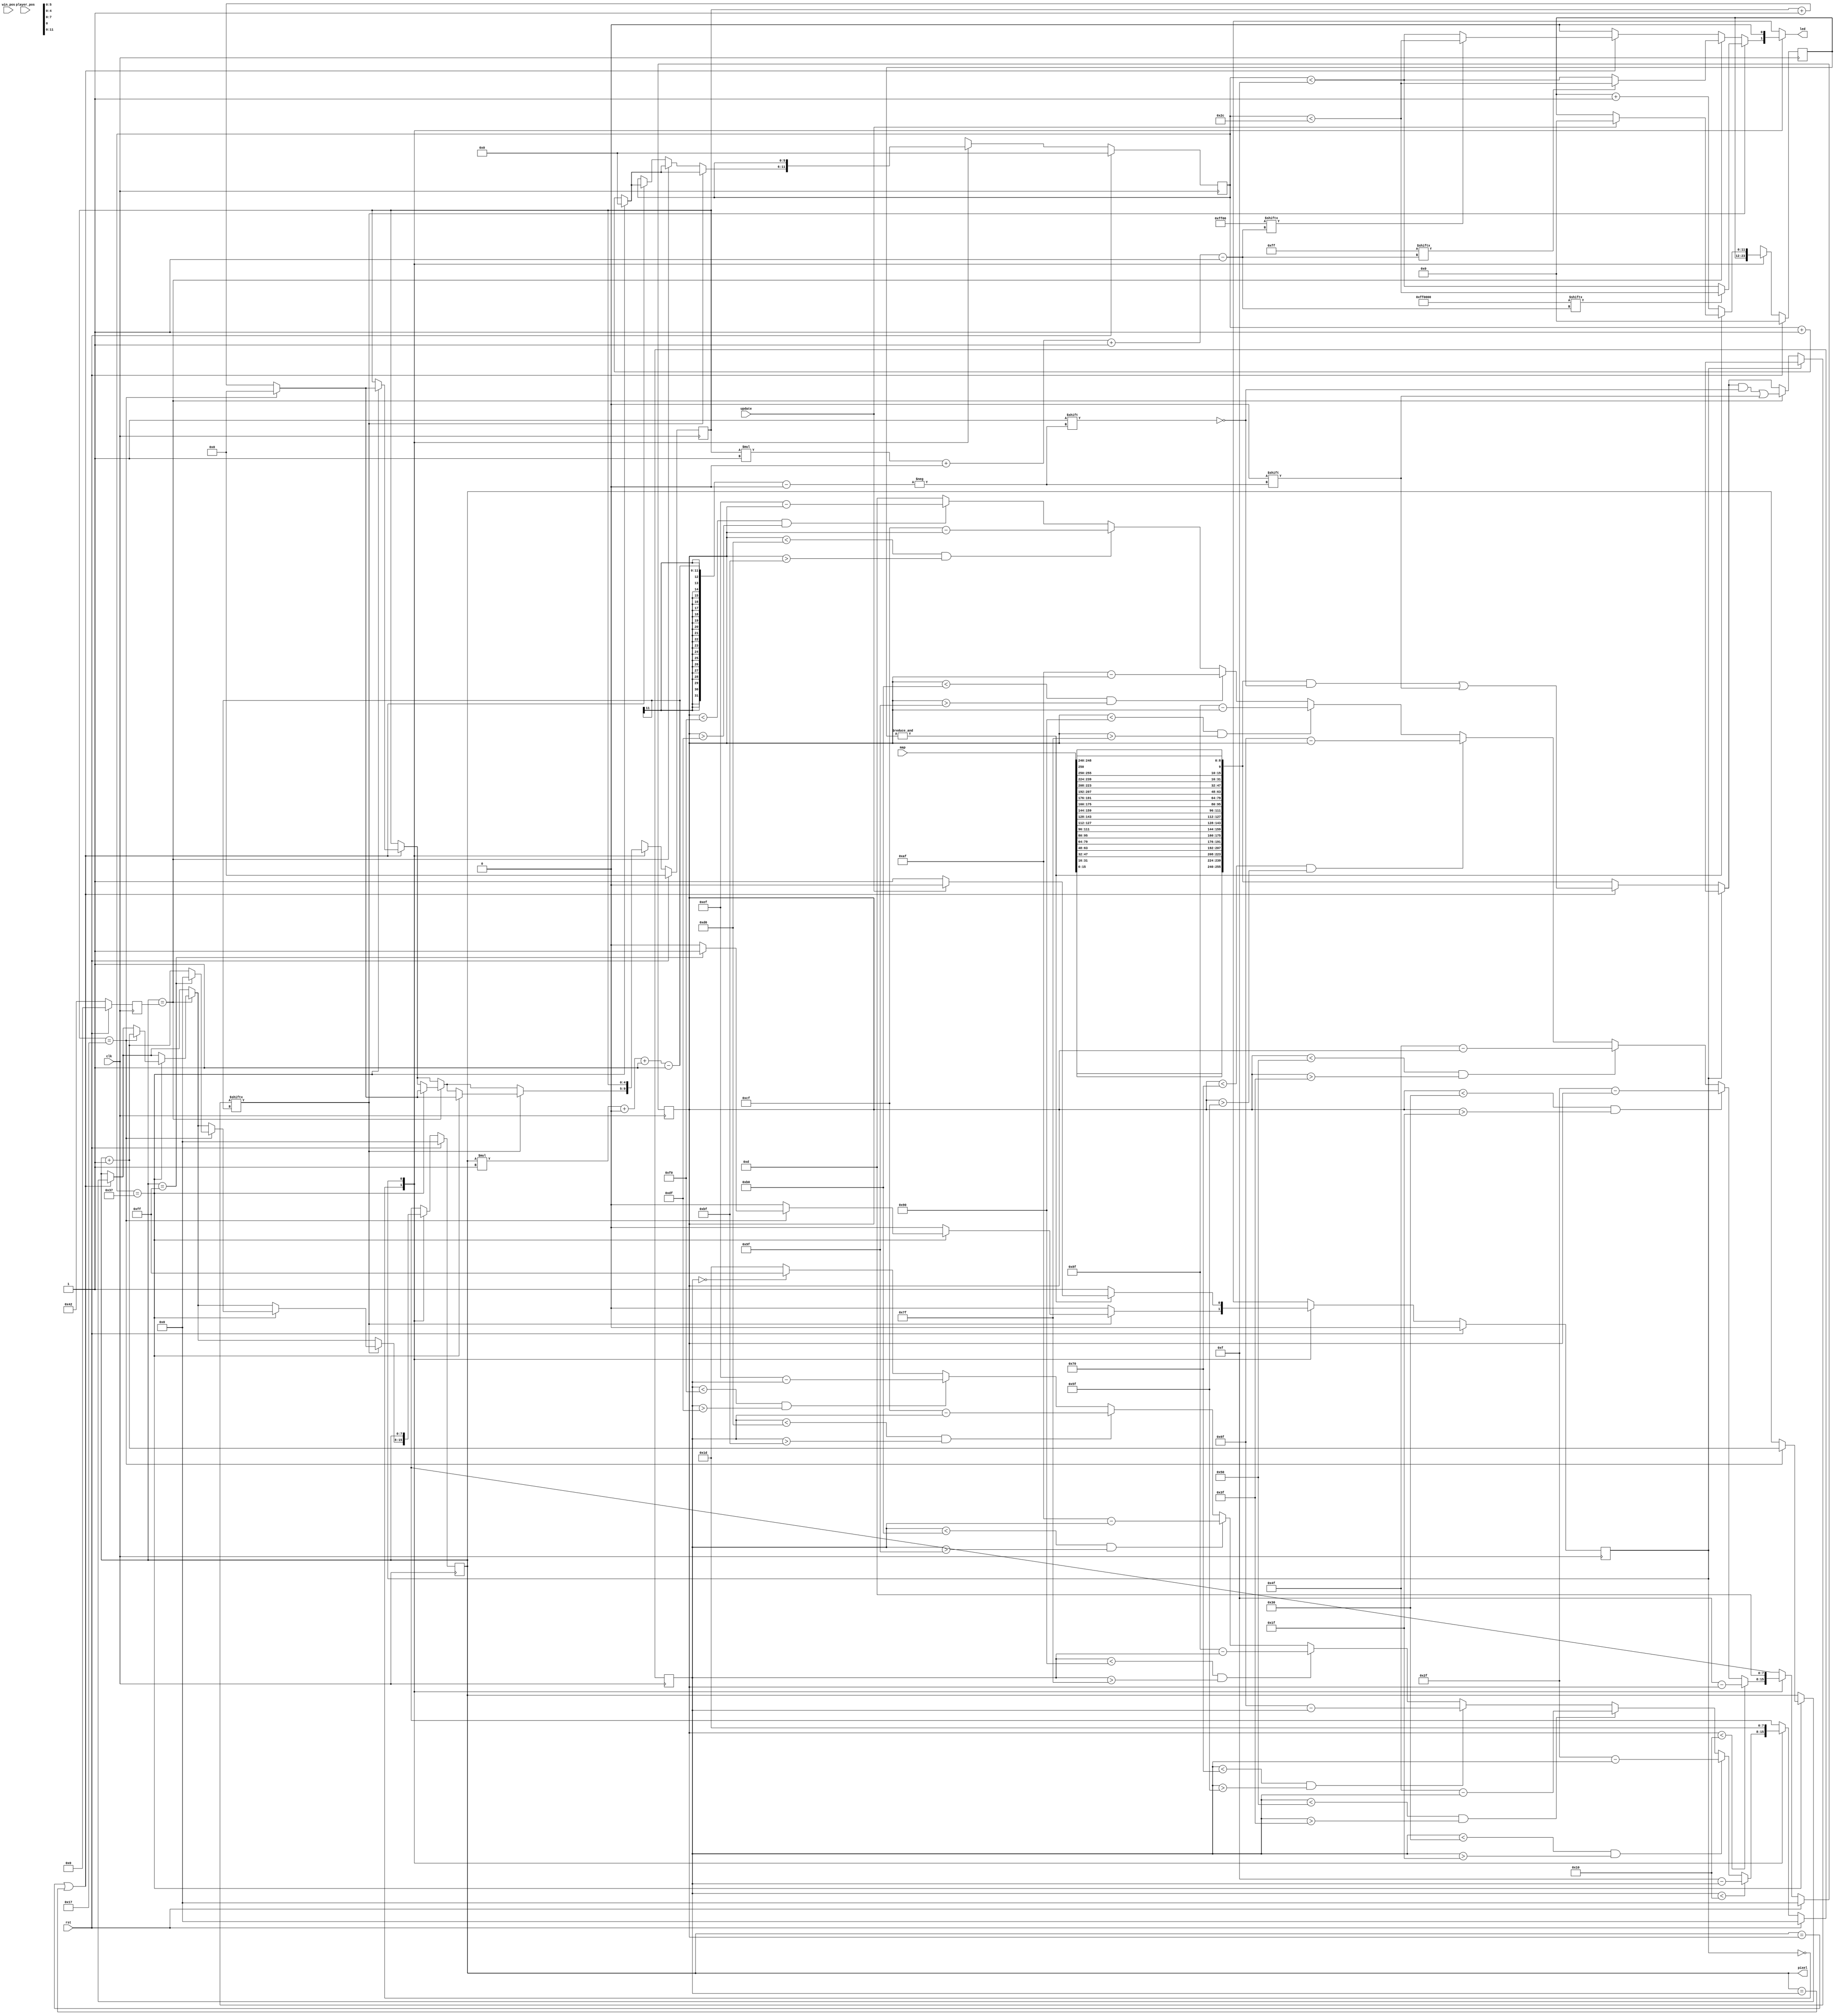
/*
   This file was generated automatically by the Mojo IDE version B1.3.6.
   Do not edit this file directly. Instead edit the original Lucid source.
   This is a temporary file and any changes made to it will be destroyed.
*/

/*
   Parameters:
     PIXEL_COUNT = 256
*/
module ledprocess_2 (
    input clk,
    input rst,
    input [255:0] map,
    input [7:0] win_pos,
    input [15:0] player_pos,
    output reg [7:0] pixel,
    output reg led,
    input update
  );
  
  localparam PIXEL_COUNT = 9'h100;
  
  
  localparam SEND_PIXEL_state = 1'd0;
  localparam RESET_state = 1'd1;
  
  reg M_state_d, M_state_q = SEND_PIXEL_state;
  reg [3:0] M_player_front_x_d, M_player_front_x_q = 1'h0;
  reg [3:0] M_player_back_x_d, M_player_back_x_q = 1'h0;
  reg [3:0] M_player_front_y_d, M_player_front_y_q = 1'h0;
  reg [3:0] M_player_back_y_d, M_player_back_y_q = 1'h0;
  reg [7:0] M_player_front_d, M_player_front_q = 1'h0;
  reg [7:0] M_player_back_d, M_player_back_q = 1'h0;
  reg [3:0] M_win_pos_x_d, M_win_pos_x_q = 1'h0;
  reg [3:0] M_win_pos_y_d, M_win_pos_y_q = 1'h0;
  reg [7:0] M_win_pos_xy_d, M_win_pos_xy_q = 1'h0;
  reg [7:0] M_pixel_ctr_d, M_pixel_ctr_q = 1'h0;
  reg [4:0] M_bit_ctr_d, M_bit_ctr_q = 1'h0;
  reg [5:0] M_ctr_d, M_ctr_q = 1'h0;
  reg [11:0] M_rst_ctr_d, M_rst_ctr_q = 1'h0;
  reg [7:0] M_rel_front_d, M_rel_front_q = 1'h0;
  reg [7:0] M_rel_back_d, M_rel_back_q = 1'h0;
  
  reg [23:0] bitsR;
  
  reg [23:0] bitsG;
  
  reg [23:0] bitsB;
  
  reg [255:0] maplayout;
  
  always @* begin
    M_state_d = M_state_q;
    M_player_front_d = M_player_front_q;
    M_player_back_d = M_player_back_q;
    M_pixel_ctr_d = M_pixel_ctr_q;
    M_win_pos_xy_d = M_win_pos_xy_q;
    M_rst_ctr_d = M_rst_ctr_q;
    M_bit_ctr_d = M_bit_ctr_q;
    M_ctr_d = M_ctr_q;
    
    led = 1'h0;
    M_player_back_d = 4'hd;
    M_player_front_d = 5'h1d;
    M_win_pos_xy_d = 7'h42;
    bitsR = 24'hff0000;
    bitsG = 24'h00ff00;
    bitsB = 24'h0000ff;
    maplayout = {map[15+0-:1], map[14+0-:1], map[13+0-:1], map[12+0-:1], map[11+0-:1], map[10+0-:1], map[9+0-:1], map[8+0-:1], map[7+0-:1], map[6+0-:1], map[5+0-:1], map[4+0-:1], map[3+0-:1], map[2+0-:1], map[1+0-:1], map[0+0-:1], map[31+0-:1], map[30+0-:1], map[29+0-:1], map[28+0-:1], map[27+0-:1], map[26+0-:1], map[25+0-:1], map[24+0-:1], map[23+0-:1], map[22+0-:1], map[21+0-:1], map[20+0-:1], map[19+0-:1], map[18+0-:1], map[17+0-:1], map[16+0-:1], map[47+0-:1], map[46+0-:1], map[45+0-:1], map[44+0-:1], map[43+0-:1], map[42+0-:1], map[41+0-:1], map[40+0-:1], map[39+0-:1], map[38+0-:1], map[37+0-:1], map[36+0-:1], map[35+0-:1], map[34+0-:1], map[33+0-:1], map[32+0-:1], map[63+0-:1], map[62+0-:1], map[61+0-:1], map[60+0-:1], map[59+0-:1], map[58+0-:1], map[57+0-:1], map[56+0-:1], map[55+0-:1], map[54+0-:1], map[53+0-:1], map[52+0-:1], map[51+0-:1], map[50+0-:1], map[49+0-:1], map[48+0-:1], map[79+0-:1], map[78+0-:1], map[77+0-:1], map[76+0-:1], map[75+0-:1], map[74+0-:1], map[73+0-:1], map[72+0-:1], map[71+0-:1], map[70+0-:1], map[69+0-:1], map[68+0-:1], map[67+0-:1], map[66+0-:1], map[65+0-:1], map[64+0-:1], map[95+0-:1], map[94+0-:1], map[93+0-:1], map[92+0-:1], map[91+0-:1], map[90+0-:1], map[89+0-:1], map[88+0-:1], map[87+0-:1], map[86+0-:1], map[85+0-:1], map[84+0-:1], map[83+0-:1], map[82+0-:1], map[81+0-:1], map[80+0-:1], map[111+0-:1], map[110+0-:1], map[109+0-:1], map[108+0-:1], map[107+0-:1], map[106+0-:1], map[105+0-:1], map[104+0-:1], map[103+0-:1], map[102+0-:1], map[101+0-:1], map[100+0-:1], map[99+0-:1], map[98+0-:1], map[97+0-:1], map[96+0-:1], map[127+0-:1], map[126+0-:1], map[125+0-:1], map[124+0-:1], map[123+0-:1], map[122+0-:1], map[121+0-:1], map[120+0-:1], map[119+0-:1], map[118+0-:1], map[117+0-:1], map[116+0-:1], map[115+0-:1], map[114+0-:1], map[113+0-:1], map[112+0-:1], map[143+0-:1], map[142+0-:1], map[141+0-:1], map[140+0-:1], map[139+0-:1], map[138+0-:1], map[137+0-:1], map[136+0-:1], map[135+0-:1], map[134+0-:1], map[133+0-:1], map[132+0-:1], map[131+0-:1], map[130+0-:1], map[129+0-:1], map[128+0-:1], map[159+0-:1], map[158+0-:1], map[157+0-:1], map[156+0-:1], map[155+0-:1], map[154+0-:1], map[153+0-:1], map[152+0-:1], map[151+0-:1], map[150+0-:1], map[149+0-:1], map[148+0-:1], map[147+0-:1], map[146+0-:1], map[145+0-:1], map[144+0-:1], map[175+0-:1], map[174+0-:1], map[173+0-:1], map[172+0-:1], map[171+0-:1], map[170+0-:1], map[169+0-:1], map[168+0-:1], map[167+0-:1], map[166+0-:1], map[165+0-:1], map[164+0-:1], map[163+0-:1], map[162+0-:1], map[161+0-:1], map[160+0-:1], map[191+0-:1], map[190+0-:1], map[189+0-:1], map[188+0-:1], map[187+0-:1], map[186+0-:1], map[185+0-:1], map[184+0-:1], map[183+0-:1], map[182+0-:1], map[181+0-:1], map[180+0-:1], map[179+0-:1], map[178+0-:1], map[177+0-:1], map[176+0-:1], map[207+0-:1], map[206+0-:1], map[205+0-:1], map[204+0-:1], map[203+0-:1], map[202+0-:1], map[201+0-:1], map[200+0-:1], map[199+0-:1], map[198+0-:1], map[197+0-:1], map[196+0-:1], map[195+0-:1], map[194+0-:1], map[193+0-:1], map[192+0-:1], map[223+0-:1], map[222+0-:1], map[221+0-:1], map[220+0-:1], map[219+0-:1], map[218+0-:1], map[217+0-:1], map[216+0-:1], map[215+0-:1], map[214+0-:1], map[213+0-:1], map[212+0-:1], map[211+0-:1], map[210+0-:1], map[209+0-:1], map[208+0-:1], map[239+0-:1], map[238+0-:1], map[237+0-:1], map[236+0-:1], map[235+0-:1], map[234+0-:1], map[233+0-:1], map[232+0-:1], map[231+0-:1], map[230+0-:1], map[229+0-:1], map[228+0-:1], map[227+0-:1], map[226+0-:1], map[225+0-:1], map[224+0-:1], map[255+0-:1], map[254+0-:1], map[253+0-:1], map[252+0-:1], map[251+0-:1], map[250+0-:1], map[250+0-:1], map[248+0-:1], map[247+0-:1], map[246+0-:1], map[245+0-:1], map[244+0-:1], map[243+0-:1], map[242+0-:1], map[241+0-:1], map[240+0-:1]};
    pixel = M_pixel_ctr_q;
    
    case (M_state_q)
      SEND_PIXEL_state: begin
        if (M_player_front_q == 1'h0) begin
          M_player_front_d = 8'hff;
        end
        if (M_player_back_q < 5'h10) begin
          M_player_back_d = 4'hf - M_player_back_q;
        end else begin
          if (M_player_back_q < 6'h30 & M_player_back_q > 5'h1f) begin
            M_player_back_d = 6'h2f - M_player_back_q;
          end else begin
            if (M_player_back_q < 7'h50 & M_player_back_q > 6'h3f) begin
              M_player_back_d = 7'h4f - M_player_back_q;
            end else begin
              if (M_player_back_q < 7'h70 & M_player_back_q > 7'h5f) begin
                M_player_back_d = 7'h6f - M_player_back_q;
              end else begin
                if (M_player_back_q < 8'h90 & M_player_back_q > 7'h7f) begin
                  M_player_back_d = 8'h8f - M_player_back_q;
                end else begin
                  if (M_player_back_q < 8'hb0 & M_player_back_q > 8'h9f) begin
                    M_player_back_d = 8'haf - M_player_back_q;
                  end else begin
                    if (M_player_back_q < 8'hd0 & M_player_back_q > 8'hbf) begin
                      M_player_back_d = 8'hcf - M_player_back_q;
                    end else begin
                      if (M_player_back_q < 8'hf0 & M_player_back_q > 8'hdf) begin
                        M_player_back_d = 8'hef - M_player_back_q;
                      end
                    end
                  end
                end
              end
            end
          end
        end
        if (M_player_front_q < 5'h10) begin
          M_player_front_d = 4'hf - M_player_front_q;
        end else begin
          if (M_player_front_q < 6'h30 & M_player_front_q > 5'h1f) begin
            M_player_front_d = 6'h2f - M_player_front_q;
          end else begin
            if (M_player_front_q < 7'h50 & M_player_front_q > 6'h3f) begin
              M_player_front_d = 7'h4f - M_player_front_q;
            end else begin
              if (M_player_front_q < 7'h70 & M_player_front_q > 7'h5f) begin
                M_player_front_d = 7'h6f - M_player_front_q;
              end else begin
                if (M_player_front_q < 8'h90 & M_player_front_q > 7'h7f) begin
                  M_player_front_d = 8'h8f - M_player_front_q;
                end else begin
                  if (M_player_front_q < 8'hb0 & M_player_front_q > 8'h9f) begin
                    M_player_front_d = 8'haf - M_player_front_q;
                  end else begin
                    if (M_player_front_q < 8'hd0 & M_player_front_q > 8'hbf) begin
                      M_player_front_d = 8'hcf - M_player_front_q;
                    end else begin
                      if (M_player_front_q < 8'hf0 & M_player_front_q > 8'hdf) begin
                        M_player_front_d = 8'hef - M_player_front_q;
                      end
                    end
                  end
                end
              end
            end
          end
        end
        if (M_pixel_ctr_q == M_player_back_q || M_pixel_ctr_q == M_player_front_q) begin
          maplayout[(M_pixel_ctr_q)*1+0-:1] = 1'h0;
          if (bitsG[(M_bit_ctr_q)*1+0-:1]) begin
            led = M_ctr_q < 6'h2c;
          end else begin
            led = M_ctr_q < 4'hf;
          end
          M_ctr_d = M_ctr_q + 1'h1;
          if (M_ctr_q == 6'h37) begin
            M_ctr_d = 1'h0;
            M_bit_ctr_d = M_bit_ctr_q + 1'h1;
            if (M_bit_ctr_q == 5'h17) begin
              M_bit_ctr_d = 1'h0;
              M_pixel_ctr_d = M_pixel_ctr_q + 1'h1;
            end
          end
        end
        if (M_pixel_ctr_q == M_win_pos_xy_q) begin
          maplayout[(M_pixel_ctr_q)*1+0-:1] = 1'h0;
          if (bitsB[(M_bit_ctr_q)*1+0-:1]) begin
            led = M_ctr_q < 6'h2c;
          end else begin
            led = M_ctr_q < 4'hf;
          end
          M_ctr_d = M_ctr_q + 1'h1;
          if (M_ctr_q == 6'h37) begin
            M_ctr_d = 1'h0;
            M_bit_ctr_d = M_bit_ctr_q + 1'h1;
            if (M_bit_ctr_q == 5'h17) begin
              M_bit_ctr_d = 1'h0;
              M_pixel_ctr_d = M_pixel_ctr_q + 1'h1;
            end
          end
        end
        if (maplayout[(M_pixel_ctr_q)*1+0-:1]) begin
          if (bitsR[(M_bit_ctr_q)*1+0-:1]) begin
            led = M_ctr_q < 6'h2c;
          end else begin
            led = M_ctr_q < 4'hf;
          end
          M_ctr_d = M_ctr_q + 1'h1;
          if (M_ctr_q == 6'h37) begin
            M_ctr_d = 1'h0;
            M_bit_ctr_d = M_bit_ctr_q + 1'h1;
            if (M_bit_ctr_q == 5'h17) begin
              M_bit_ctr_d = 1'h0;
              M_pixel_ctr_d = M_pixel_ctr_q + 1'h1;
              if (M_pixel_ctr_q == 10'h0ff) begin
                M_pixel_ctr_d = 1'h0;
                M_state_d = RESET_state;
              end
            end
          end
        end
      end
      RESET_state: begin
        if ((&M_rst_ctr_q)) begin
          if (update) begin
            M_rst_ctr_d = 1'h0;
            M_state_d = SEND_PIXEL_state;
          end
        end else begin
          M_rst_ctr_d = M_rst_ctr_q + 1'h1;
        end
      end
    endcase
  end
  
  always @(posedge clk) begin
    if (rst == 1'b1) begin
      M_player_front_x_q <= 1'h0;
      M_player_back_x_q <= 1'h0;
      M_player_front_y_q <= 1'h0;
      M_player_back_y_q <= 1'h0;
      M_player_front_q <= 1'h0;
      M_player_back_q <= 1'h0;
      M_win_pos_x_q <= 1'h0;
      M_win_pos_y_q <= 1'h0;
      M_win_pos_xy_q <= 1'h0;
      M_pixel_ctr_q <= 1'h0;
      M_bit_ctr_q <= 1'h0;
      M_ctr_q <= 1'h0;
      M_rst_ctr_q <= 1'h0;
      M_rel_front_q <= 1'h0;
      M_rel_back_q <= 1'h0;
      M_state_q <= 1'h0;
    end else begin
      M_player_front_x_q <= M_player_front_x_d;
      M_player_back_x_q <= M_player_back_x_d;
      M_player_front_y_q <= M_player_front_y_d;
      M_player_back_y_q <= M_player_back_y_d;
      M_player_front_q <= M_player_front_d;
      M_player_back_q <= M_player_back_d;
      M_win_pos_x_q <= M_win_pos_x_d;
      M_win_pos_y_q <= M_win_pos_y_d;
      M_win_pos_xy_q <= M_win_pos_xy_d;
      M_pixel_ctr_q <= M_pixel_ctr_d;
      M_bit_ctr_q <= M_bit_ctr_d;
      M_ctr_q <= M_ctr_d;
      M_rst_ctr_q <= M_rst_ctr_d;
      M_rel_front_q <= M_rel_front_d;
      M_rel_back_q <= M_rel_back_d;
      M_state_q <= M_state_d;
    end
  end
  
endmodule